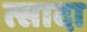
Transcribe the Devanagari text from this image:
त्सादा